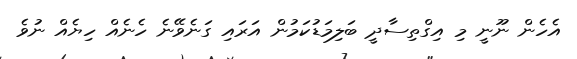
އެެހެން ނޫނީ މި އިގްތިސާދީ ބަލިމަޑުކަމުން އަރައި ގަނެވޭނެ ހެނެއް ހިޔެއް ނުވެ